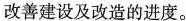
改善建设及改造的进度。